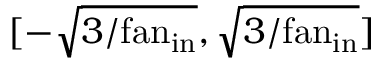
[ - \sqrt { { 3 } / { \mathrm { f a n } _ { \mathrm { i n } } } } , \sqrt { { 3 } / { \mathrm { f a n } _ { \mathrm { i n } } } } ]